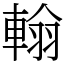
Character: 𨌺